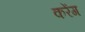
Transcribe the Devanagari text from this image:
करेंग